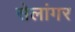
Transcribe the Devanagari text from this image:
सेलांगर